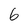
Character: 6